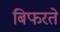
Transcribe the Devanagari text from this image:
बिफरते